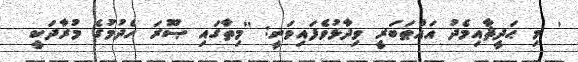
' މި ޙަދީޘާއިމެދު އައްޠަބަރީ ވިދާޅުވެފައިވަނީ: ''މިތާގައި ޞޫރަ ހެދުމުގެ މުރާދަކީ